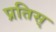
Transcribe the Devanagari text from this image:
प्रतिस्